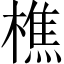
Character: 樵